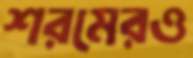
শরমেরও